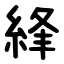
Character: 綘